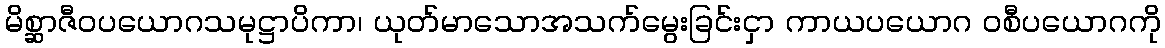
မိစ္ဆာဇီဝပယောဂသမုဋ္ဌာပိကာ၊ ယုတ်မာသောအသက်မွေးခြင်းငှာ ကာယပယောဂ ဝစီပယောဂကို